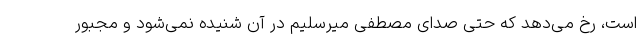
است، رخ می‌دهد که حتی صدای مصطفی میرسلیم در آن شنیده نمی‌شود و مجبور